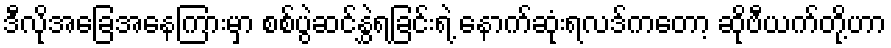
ဒီလိုအခြေအနေကြားမှာ စစ်ပွဲဆင်နွှဲရခြင်းရဲ့ နောက်ဆုံးရလဒ်ကတော့ ဆိုဗီယက်တို့ဟာ